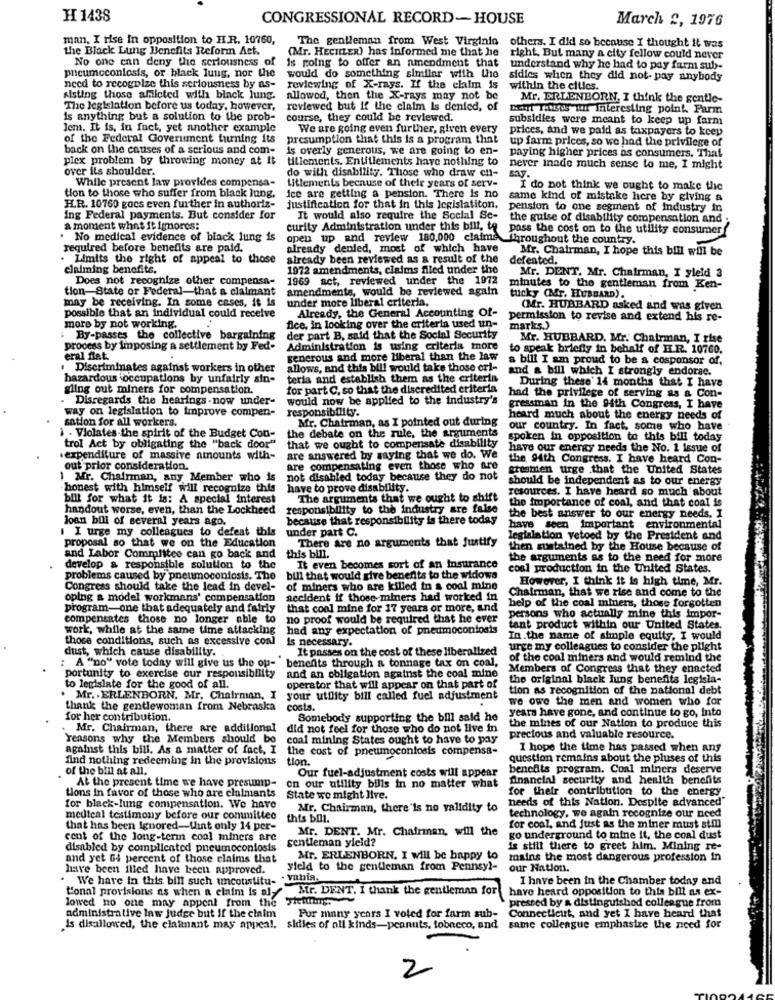
H 1438
CONGRESSIONAL RECORD-HOUSE
March 2, 1976
man. I rise in opposition to HI.R. 10760,
The gentleman from West Virginia
the Black Lung Benefits Reform Act.
(Mr. HECILER) has informed me that he
others. I did so because I thought it was
No one can deny the seriousness of
is going to offer an amendment that
right. But many a city fellow could never
understand why he had to pay farm sub-
pneumoconiosis, or black Jung, nor the
would do something similar with the
sidies when they did not pay anybody
need to recognize this seriousness by as-
reviewing of X-rays. If the claim is
within the citics.
sisting those afiloted with binck lung.
allowed, then the X-rays may not be
Mr. ERLENBORN, I think the gentic-
The legislation before us today, however,
reviewed but if the claim Is denied, of
Det Tinsus Hu Interesting point. Farm
is anything but a solution to the prob-
course, they could be reviewed.
subsidies were meant to keep up farm
Jem. It is, in fact, yet another example
We are going even further, given every
prices, and we paid as taxpayers to keep
of the Federal Government turning its
presumption that this is a program that
up farm prices, so we had the privilege of
back on the causes of a serious and com-
is overly generous, we are going to en-
paying higher prices os consumers. That
plex problem by throwing money at it
tillements. Entitlements have nothing to
over ils shoulder.
do with disability. Those who draw en-
never inade much sense to me, I might
While present law provides compensa-
Utlements because of their years of serv-
Bay.
ice are getting a pension. There is no
I do not think we ought to make the
tion to those who suffer from black Inng.
same kind of mistake here by giving &
H.R. 10760 gocs even further in authoriz-
justification for that in this legislatiton.
pension to one segment of Industry in
ing Federal payments. But consider for
It would also require the Social Sc-
the guise of disability compensation and ;
a moment what it ignores:
curity Administration under this bill, to pass the cost on to the utility consumer
No medical evidence of black lung is
open up and review 180.000 claims
throughout the country.
required before benefits are paid.
already denled, most of which have
Mr. Chairman, I hope this bill will be
Limits the right of appeal to those
already been reviewed as a result of the
defeated.
claiming benefits.
1972 amendments, claims filled under the
Mr. DENT. Mr. Chairman, I yleid 3
Does not recognize other compensa-
1969 act, reviewed under the 1972
tion-State or Federal-that a claimant
amendments, would be reviewed again
minutes to the gentleman from Ken-
may be receiving. In some cases, it is
under more liberal criteria,
tucky (Mr. HUBBARD).
possible that an individual could receive
Already, the General Accounting Of-
(Mr. HUBBARD asked and was given
moro by not working.
permission to revise and extend his re-
fice, in looking over the criteria used un-
marks.)
By-passes the collective bargaining
der part B, said that the Social Security
Mr. HUBBARD. Mr. Chairman, I rise
process by imposing a settlement by Fed-
Administration is using criteria more
to speak briefly in behalf of HR. 10760.
eral flat.
generous and more liberal than the law
a bill I am proud to be a cosponsor of,
Discriminates against workers in other
allows, and this bill would take those eri-
and a bill which I strongly endorse.
hazardous occupations by unfairly sin-
teria and establish them as the criteria
During these' 14 months that I have
gling out miners for compensation.
for part C, so that the discredited criteria
. Disregards the hearings -now under-
would now be applied to the industry's
had the privilege of serving as a Con-
way on legislation to improve compen-
responsibility.
gressman in the 94th Congress, I have
sation for all workers.
Mr. Chairman, as I pointed out during
heard much about the energy needs of
the debate on the rule, the arguments
our country. In fact, some who have
. Violates-the spirit of the Budget Con-
that we ought to compensate disability
spoken in opposition to this bill today
trol Act by obligating the "back door"
have our energy needs the No. 1 issue of
.expenditure of massive amounts with-
are answered by saying that we do. We
the, 94th Congress. I have heard Con-
out prior consideration.
are compensating even those who are
gheamen urge .that the United States
1Mr. Chairman, any Member who is
not disabled today because they do not
should be independent as to our energy
honest with himself will recognize this
have to prove disability.
resources. I have heard so much about
bill for what it is: A special interest
The arguments that we ought to shift
the importance of coal, and that coal is
handout worse, even, than the Lockheed
responsibility to the industry are false
joan bill of several years ago.
because that responsibility is there today
the best answer to our energy needs. I
I I urge my colleagues to defeat this
under part C.
have seen important environmental
There are no arguments that justify
legislation vetoed by the President and
proposal so that we on the Education
then sustained by the House because of
and Labor Committee can go back and
this bill.
the arguments as to the need for more
develop & responsible solution to the
It even becomes sort of an Insurance
coal production in the United States.
problems caused by pneumoconiosis. The
bill that would give benefits to the widows
However, I think it is high time, Mr.
Congress should take the lead in devel-
of miners who are killed in a cool mine
Chairman, that we rise and come to the
oping a model workmans' compensation
accident if those miners had worked in
help of the coal miners, those forgotten
program-one that adequately and fairly
that coal mine for 17 years or more, and
compensates those no longer able to no proof would be required that he ever
persons who actually mine this impor-
work, while at the same time attacking
had any expectation of pneumoconiosis
tant product within our United States.
those conditions, such as excessive conl
is necessary.
In.the name of simple equity, I would
dust, which cause disability.
It passes on the cost of these liberalized
urge my colleagues to consider the plight
: A "no" vote today will give us the op-
benefits through a tonnage tax on coal,
of the coal miners and would remind the
Members of Congress that they enacted
portunity to exercise our responsibility
and an obligation against the coal mine
the original black lung benefits legisla-
to legislate for the good of all.
operator that will appear on that part of
tion as recognition of the national debt
. Mr. . ERLENBORN, Mr. Chairman, I
your utility bill called fuel adjustment
we owe the men and women who for
thank the gentlewoman from Nebraska
costs.
for her contribution.
Somebody supporting the bill said he
years have gone, and continue to go, into
Mr. Chairman, there are additional
ild not feel for those who do not live in
the mines of our Nation to produce this
reasons why the Members should be
coal mining States ought to have to pay
precious and valuable resource.
against this bill. As a matter of fact, I
the cost of pneumoconiosis compensa-
I hope the time has passed when any
find nothing redeeming in the provisions
tion.
question remains about the pluses of this
of the bill at all.
Our fuel-adjustment costs will appear
benefits program. Coal miners deserve
At the present time we have presump-
financial security and health benefits
on our utility bills in no matter what
for their contribution to the energy
tions in favor of those who are claimants
State we might live.
needs of this Nation. Despite advanced"
for black-lung compensation. We have
Mr. Chairman, there 'ls no validity to
meuteal testimony before our committee
this bill.
technology, we again recognize our need
that has been Ignored-fint only 14 per-
Mr. DENT. Mr. Chafrinan, will the
for cool, and just as the miner must still
cent of the long-term coal miners are
gentleman yield?
go underground to mine it, the coal dust
disabled by compliented pneumoconiosis
is still there to greet him. Mining re-
and yet G4 percent of those claims that
Mr. ERLENBORN. I will be happy to
mains the most dangerous profession in
have been illed have been approved.
yield to the gentleman from Pennsyl-
our Nation.
We have in this bill such uncouistitu- "Vania.
I have been in the Chamber today and
t'onal provisions as when a claim is alf
Mr. DENT. I thank the gentleman for
have heard opposition to this bill as ex-
lowed no one may appenl from the Fielding.
pressed by a distinguished colleague from
administrative law judge but If the claim
For many years I voted for farm sub-
Connecticut, and yet I have heard that
is disallowed, the claimant may appeal. sidies of all kinds-peanuts, tobacco, and
same colleague emphasize the need for
2